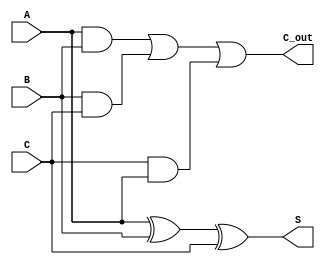
module CSA_3input (
    input  [N-1:0] A,
    input  [N-1:0] B,
    input  [N-1:0] C,
    output [N-1:0] S,
    output [N-1:0] C_out
);
    parameter N = 8; // Width of the operands

    assign S = A ^ B ^ C;           // Sum output
    assign C_out = (A & B) | (B & C) | (C & A); // Carry output
endmodule